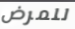
للمرض